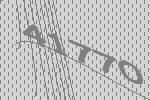
41770